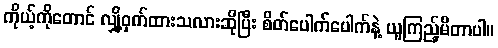
ကိုယ့်ကိုတောင် လျှို့ဝှက်ထားသလားဆိုပြီး စိတ်ပေါက်ပေါက်နဲ့ ယူကြည့်မိတာပါ။